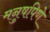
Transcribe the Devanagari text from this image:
मनुषपिणे